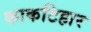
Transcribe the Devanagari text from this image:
काकटिहार